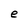
Character: e